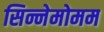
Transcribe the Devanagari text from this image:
सिन्नेमोमम